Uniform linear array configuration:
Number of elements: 24
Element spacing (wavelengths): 0.75
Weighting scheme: cosine
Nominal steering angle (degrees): -60
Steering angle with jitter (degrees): -61.09
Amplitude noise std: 0.05
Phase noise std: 0.05

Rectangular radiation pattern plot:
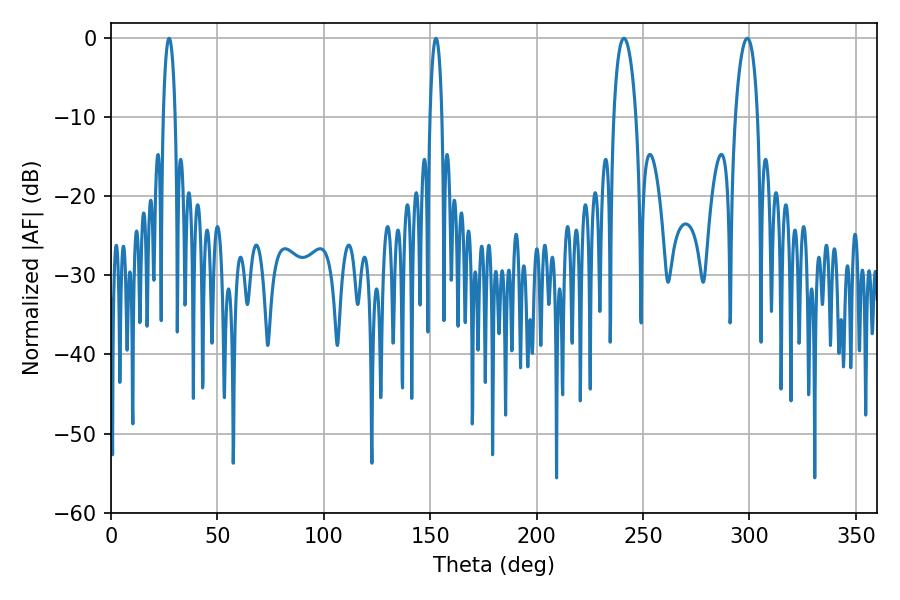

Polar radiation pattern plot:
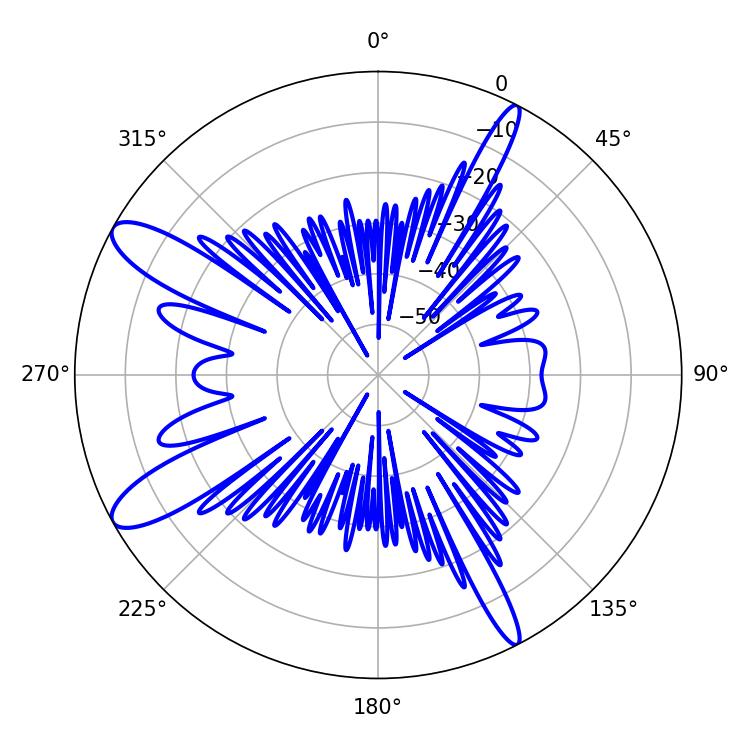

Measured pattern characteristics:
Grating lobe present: TRUE
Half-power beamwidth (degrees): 5.94
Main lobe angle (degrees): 241.02